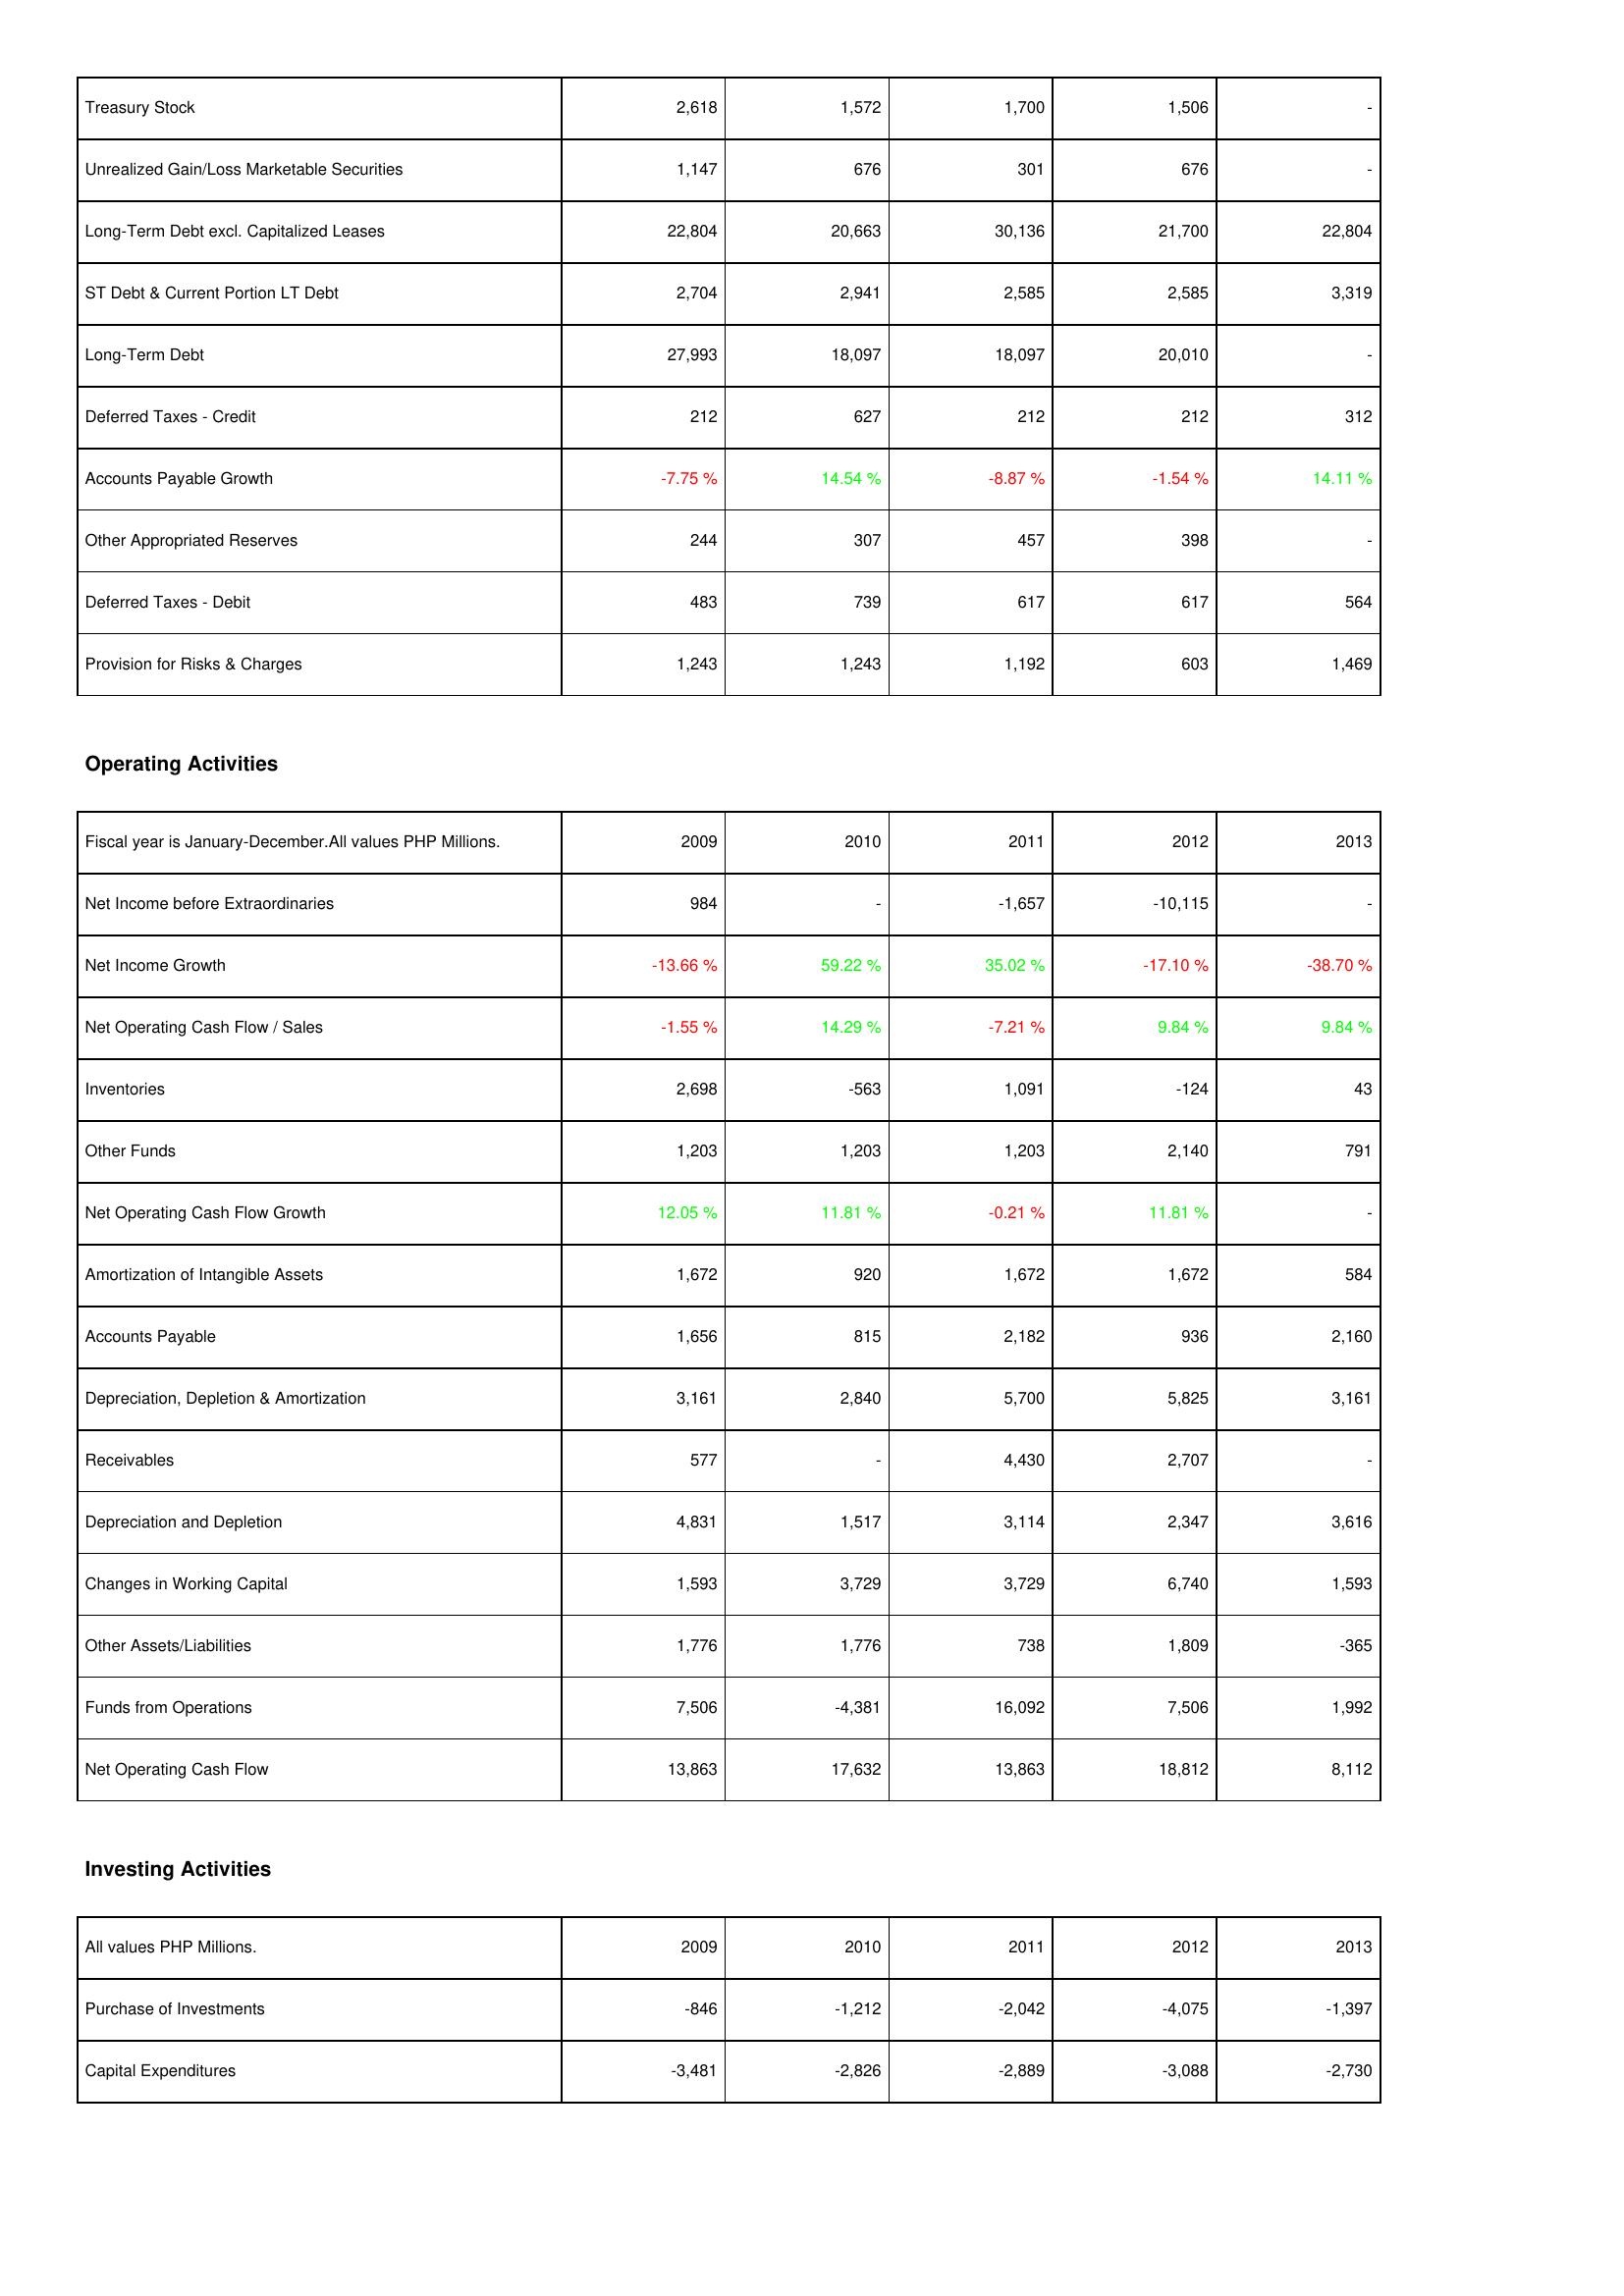
2009: Liabilities & Shareholders' Equity: Treasury Stock: 2,618
Unrealized Gain/Loss Marketable Securities: 1,147
Long-Term Debt excl. Capitalized Leases: 22,804
ST Debt & Current Portion LT Debt: 2,704
Long-Term Debt: 27,993
Deferred Taxes - Credit: 212
Accounts Payable Growth: -7.75 %
Other Appropriated Reserves: 244
Deferred Taxes - Debit: 483
Provision for Risks & Charges: 1,243
Operating Activities: Net Income before Extraordinaries: 984
Net Income Growth: -13.66 %
Net Operating Cash Flow / Sales: -1.55 %
Inventories: 2,698
Other Funds: 1,203
Net Operating Cash Flow Growth: 12.05 %
Amortization of Intangible Assets: 1,672
Accounts Payable: 1,656
Depreciation, Depletion & Amortization: 3,161
Receivables: 577
Depreciation and Depletion: 4,831
Changes in Working Capital: 1,593
Other Assets/Liabilities: 1,776
Funds from Operations: 7,506
Net Operating Cash Flow: 13,863
Investing Activities: Purchase of Investments: -846
Capital Expenditures: -3,481
2010: Liabilities & Shareholders' Equity: Treasury Stock: 1,572
Unrealized Gain/Loss Marketable Securities: 676
Long-Term Debt excl. Capitalized Leases: 20,663
ST Debt & Current Portion LT Debt: 2,941
Long-Term Debt: 18,097
Deferred Taxes - Credit: 627
Accounts Payable Growth: 14.54 %
Other Appropriated Reserves: 307
Deferred Taxes - Debit: 739
Provision for Risks & Charges: 1,243
Operating Activities: Net Income before Extraordinaries: -
Net Income Growth: 59.22 %
Net Operating Cash Flow / Sales: 14.29 %
Inventories: -563
Other Funds: 1,203
Net Operating Cash Flow Growth: 11.81 %
Amortization of Intangible Assets: 920
Accounts Payable: 815
Depreciation, Depletion & Amortization: 2,840
Receivables: -
Depreciation and Depletion: 1,517
Changes in Working Capital: 3,729
Other Assets/Liabilities: 1,776
Funds from Operations: -4,381
Net Operating Cash Flow: 17,632
Investing Activities: Purchase of Investments: -1,212
Capital Expenditures: -2,826
2011: Liabilities & Shareholders' Equity: Treasury Stock: 1,700
Unrealized Gain/Loss Marketable Securities: 301
Long-Term Debt excl. Capitalized Leases: 30,136
ST Debt & Current Portion LT Debt: 2,585
Long-Term Debt: 18,097
Deferred Taxes - Credit: 212
Accounts Payable Growth: -8.87 %
Other Appropriated Reserves: 457
Deferred Taxes - Debit: 617
Provision for Risks & Charges: 1,192
Operating Activities: Net Income before Extraordinaries: -1,657
Net Income Growth: 35.02 %
Net Operating Cash Flow / Sales: -7.21 %
Inventories: 1,091
Other Funds: 1,203
Net Operating Cash Flow Growth: -0.21 %
Amortization of Intangible Assets: 1,672
Accounts Payable: 2,182
Depreciation, Depletion & Amortization: 5,700
Receivables: 4,430
Depreciation and Depletion: 3,114
Changes in Working Capital: 3,729
Other Assets/Liabilities: 738
Funds from Operations: 16,092
Net Operating Cash Flow: 13,863
Investing Activities: Purchase of Investments: -2,042
Capital Expenditures: -2,889
2012: Liabilities & Shareholders' Equity: Treasury Stock: 1,506
Unrealized Gain/Loss Marketable Securities: 676
Long-Term Debt excl. Capitalized Leases: 21,700
ST Debt & Current Portion LT Debt: 2,585
Long-Term Debt: 20,010
Deferred Taxes - Credit: 212
Accounts Payable Growth: -1.54 %
Other Appropriated Reserves: 398
Deferred Taxes - Debit: 617
Provision for Risks & Charges: 603
Operating Activities: Net Income before Extraordinaries: -10,115
Net Income Growth: -17.10 %
Net Operating Cash Flow / Sales: 9.84 %
Inventories: -124
Other Funds: 2,140
Net Operating Cash Flow Growth: 11.81 %
Amortization of Intangible Assets: 1,672
Accounts Payable: 936
Depreciation, Depletion & Amortization: 5,825
Receivables: 2,707
Depreciation and Depletion: 2,347
Changes in Working Capital: 6,740
Other Assets/Liabilities: 1,809
Funds from Operations: 7,506
Net Operating Cash Flow: 18,812
Investing Activities: Purchase of Investments: -4,075
Capital Expenditures: -3,088
2013: Liabilities & Shareholders' Equity: Treasury Stock: -
Unrealized Gain/Loss Marketable Securities: -
Long-Term Debt excl. Capitalized Leases: 22,804
ST Debt & Current Portion LT Debt: 3,319
Long-Term Debt: -
Deferred Taxes - Credit: 312
Accounts Payable Growth: 14.11 %
Other Appropriated Reserves: -
Deferred Taxes - Debit: 564
Provision for Risks & Charges: 1,469
Operating Activities: Net Income before Extraordinaries: -
Net Income Growth: -38.70 %
Net Operating Cash Flow / Sales: 9.84 %
Inventories: 43
Other Funds: 791
Net Operating Cash Flow Growth: -
Amortization of Intangible Assets: 584
Accounts Payable: 2,160
Depreciation, Depletion & Amortization: 3,161
Receivables: -
Depreciation and Depletion: 3,616
Changes in Working Capital: 1,593
Other Assets/Liabilities: -365
Funds from Operations: 1,992
Net Operating Cash Flow: 8,112
Investing Activities: Purchase of Investments: -1,397
Capital Expenditures: -2,730